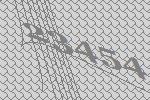
23454